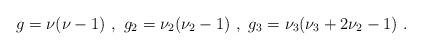
LaTeX: \begin{align*}g = \nu(\nu - 1)\ ,\ g_{2} = \nu_{2}(\nu_{2} - 1)\ , \ g_{3} =\nu_{3}(\nu_{3} + 2\nu_{2} - 1)\ .\end{align*}